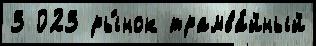
3 023 ры́нок трамва́йный